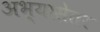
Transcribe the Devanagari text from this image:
अभ्यासेतर